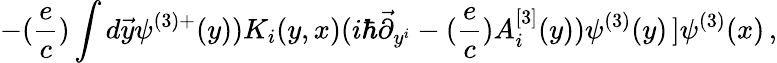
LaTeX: -({\frac{e}{c}})\int d\vec{y}\psi^{(3)+}(y))K_{i}(y,x)(i\hbar\vec{\partial}_{y^{i}}-({\frac{e}{c}})A_{i}^{[3]}(y))\psi^{(3)}(y)\left.\right]\psi^{(3)}(x)\, ,